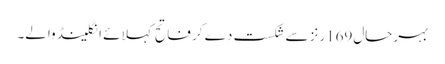
بہرحال169رنز سے شکست دے کر فاتح کہلائے انگلینڈ والے۔